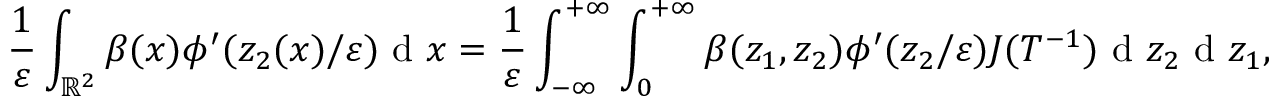
\frac { 1 } { \varepsilon } \int _ { \mathbb { R } ^ { 2 } } \beta ( x ) \phi ^ { \prime } ( z _ { 2 } ( x ) / \varepsilon ) \textrm { d } x = \frac { 1 } { \varepsilon } \int _ { - \infty } ^ { + \infty } \int _ { 0 } ^ { + \infty } \beta ( z _ { 1 } , z _ { 2 } ) \phi ^ { \prime } ( z _ { 2 } / \varepsilon ) J ( T ^ { - 1 } ) \textrm { d } z _ { 2 } \textrm { d } z _ { 1 } ,